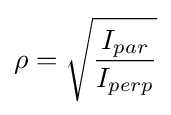
\rho ={\sqrt {\frac {I_{par}}{I_{perp}}}}